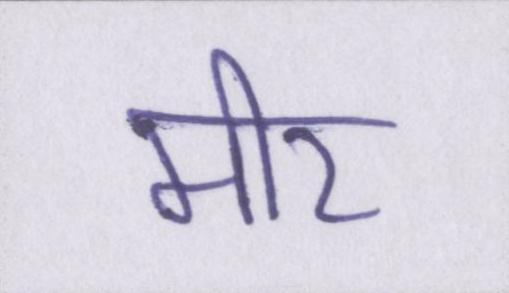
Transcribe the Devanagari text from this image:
मीर